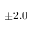
\pm 2 . 0